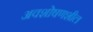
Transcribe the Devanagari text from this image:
अवशोषणशील